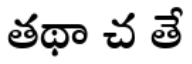
తథా చ తే